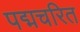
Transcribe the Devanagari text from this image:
पद्मचरित